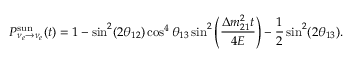
P _ { \nu _ { e } \rightarrow \nu _ { e } } ^ { \mathrm { s u n } } ( t ) = 1 - \sin ^ { 2 } ( 2 \theta _ { 1 2 } ) \cos ^ { 4 } \theta _ { 1 3 } \sin ^ { 2 } \left( \frac { \Delta m _ { 2 1 } ^ { 2 } t } { 4 E } \right) - \frac { 1 } { 2 } \sin ^ { 2 } ( 2 \theta _ { 1 3 } ) .